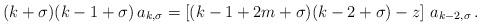
LaTeX: \begin{align*}(k+\sigma)(k-1+\sigma)\,a_{k,\sigma}= \left[(k-1+2m+\sigma)(k-2+\sigma)-z\right]\,a_{k-2,\sigma}\,. \\\end{align*}